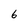
Character: 6